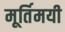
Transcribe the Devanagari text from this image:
मूर्तिमयी